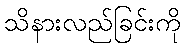
သိနားလည်ခြင်းကို